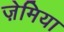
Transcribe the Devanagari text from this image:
ज़ेमिया